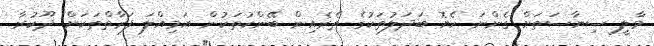
މާލީ ސިޔާސަތަށް ގެންނަ ހެޔޮ ބަދަލުތަކުގެ ތެރެއިން ބޭންކުތަކުން އަމިއްލަ ފަރާތްތަކަށް ދޫކުރާ